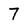
Character: 7